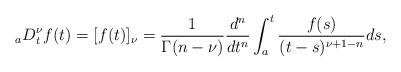
LaTeX: \begin{align*}_aD_{t}^{\nu}f(t)=[f(t)]_{\nu}=\frac{1}{\Gamma(n-\nu)}\frac{d^{n}}{dt^{n}}\int_a^t\frac{f(s)}{(t-s)^{\nu+1-n}}ds, \end{align*}